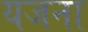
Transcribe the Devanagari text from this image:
यजना